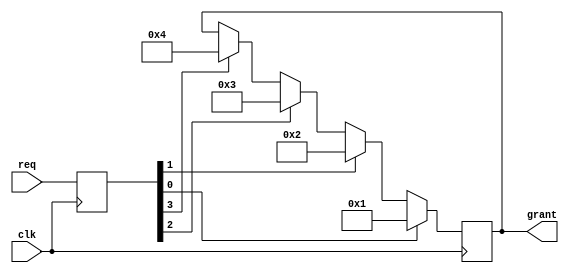
module parallel_arbiter (
    input  wire        clk,
    input  wire [N-1:0]   req,
    output wire [N-1:0]   grant
);

parameter N = 4;

reg [N-1:0] req_reg;
reg [N-1:0] grant_reg;

always @(posedge clk) begin
    req_reg <= req;
    
    // Priority scheme - grant highest priority request
    if (req_reg[0] == 1'b1) begin
        grant_reg <= N'd1;
    end else if (req_reg[1] == 1'b1) begin
        grant_reg <= N'd2;
    end else if (req_reg[2] == 1'b1) begin
        grant_reg <= N'd3;
    end else if (req_reg[3] == 1'b1) begin
        grant_reg <= N'd4;
    end
end

assign grant = grant_reg;

endmodule